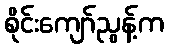
စိုင်းကျော်ညွန့်က